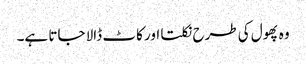
وہ پھول کی طرح نکلتا اور کاٹ ڈالا جاتا ہے۔